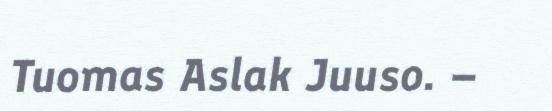
Tuomas Aslak Juuso. –